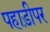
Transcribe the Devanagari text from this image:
पहाड़ीपर